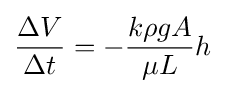
{\frac {\Delta V}{\Delta t}}=-{\frac {k\rho gA}{\mu L}}h